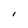
Character: l